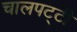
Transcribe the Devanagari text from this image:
चालपट्टी